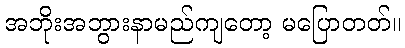
အဘိုးအဘွားနာမည်ကျတော့ မပြောတတ်။